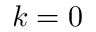
k = 0